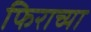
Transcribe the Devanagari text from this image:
फिराच्या